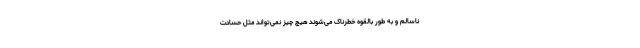
ناسالم و به طور بالقوه خطرناک می‌شوند هیچ چیز نمی‌تواند مثل حسادت